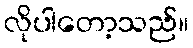
လိုပါတော့သည်။